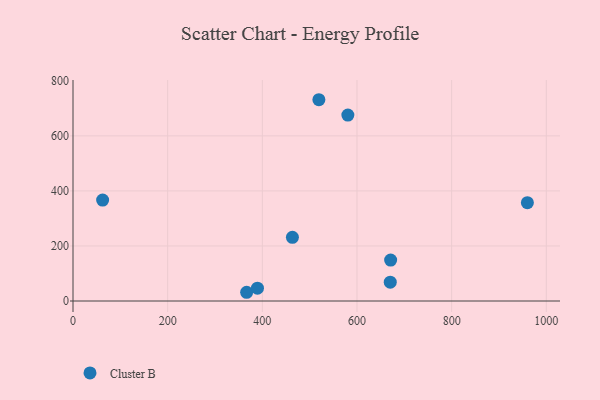
{"axis": {"x": "Investment", "y": "Yield"}, "legend": ["Cluster B"], "data": [{"x": "463.6", "y": 231.2, "type": "Cluster B"}, {"x": "62.6", "y": 366.7, "type": "Cluster B"}, {"x": "580.7", "y": 675.7, "type": "Cluster B"}, {"x": "671.1", "y": 148.6, "type": "Cluster B"}, {"x": "366.9", "y": 31.7, "type": "Cluster B"}, {"x": "519.5", "y": 731.4, "type": "Cluster B"}, {"x": "960.0", "y": 357.3, "type": "Cluster B"}, {"x": "389.7", "y": 46.6, "type": "Cluster B"}, {"x": "670.3", "y": 68.5, "type": "Cluster B"}]}